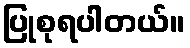
ပြုစုရပါတယ်။